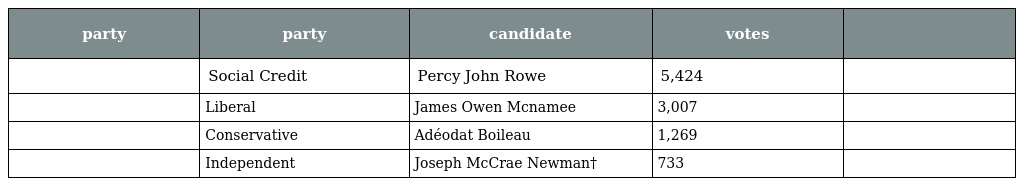
| party | party | candidate | votes |  |
 | --- | --- | --- | --- | --- |
 |  | Social Credit | Percy John Rowe | 5,424 |  |
 |  | Liberal | James Owen Mcnamee | 3,007 |  |
 |  | Conservative | Adéodat Boileau | 1,269 |  |
 |  | Independent | Joseph McCrae Newman† | 733 |  |